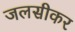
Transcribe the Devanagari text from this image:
जलसीकर